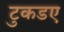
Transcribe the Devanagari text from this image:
टुकडए